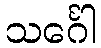
သင်္ဂေါ